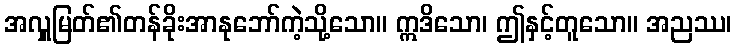
အလှူမြတ်၏တန်ခိုးအာနုဘော်ကဲ့သို့သော။ ဣဒိသော၊ ဤနှင့်တူသော။ အညဿ၊